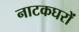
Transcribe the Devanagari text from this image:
नाटकघरों